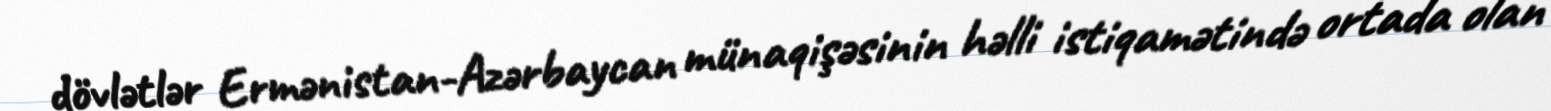
dövlətlər Ermənistan-Azərbaycan münaqişəsinin həlli istiqamətində ortada olan